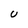
Character: U